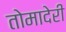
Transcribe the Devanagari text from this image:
तोमादेरी